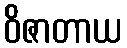
ဝိဇာတာယ